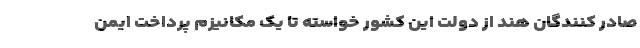
صادر کنندگان هند از دولت این کشور خواسته تا یک مکانیزم پرداخت ایمن